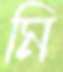
মি